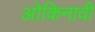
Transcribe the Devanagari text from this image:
ओकिनावी